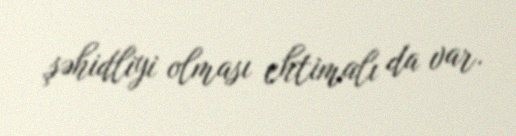
şəhidliyi olması ehtimalı da var.